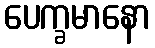
ပေက္ခမာနော